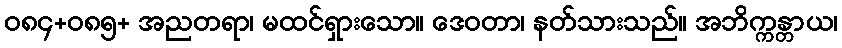
ဝ၈၄+၀၈၅+ အညတရာ၊ မထင်ရှားသော။ ဒေဝတာ၊ နတ်သားသည်။ အဘိက္ကန္တာယ၊